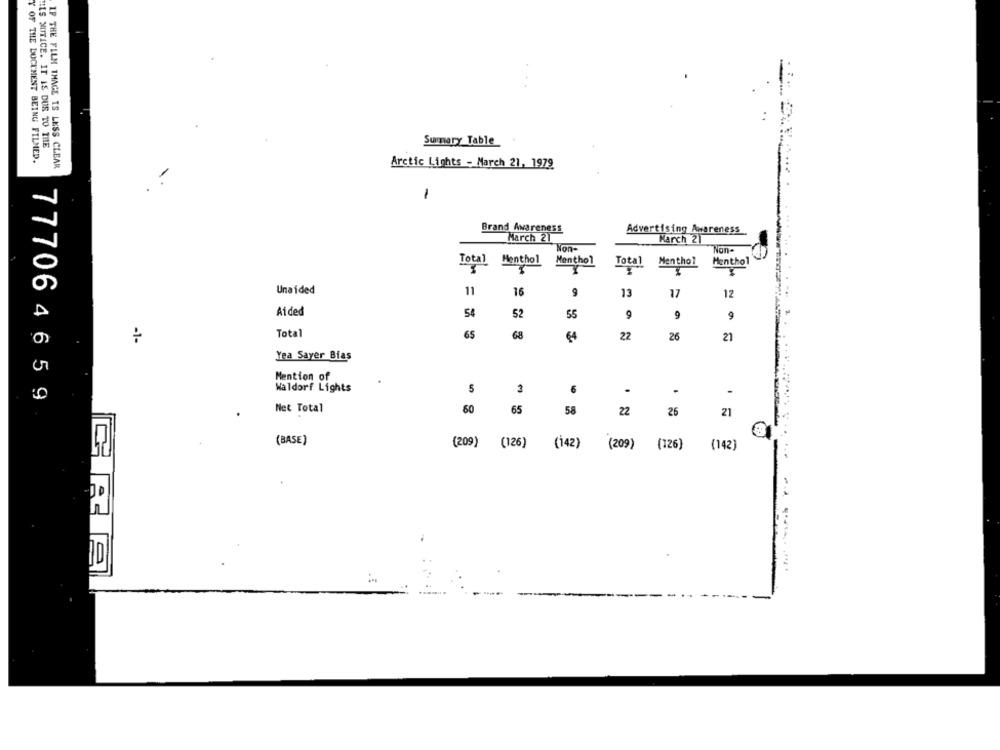
LES MITTICE. IT IS DUE TO THE
Summary Table
Y OF THE DOCUMENT BEING FILMED.
IF THE FILM THAGE IS LESS CLEAR
Arctic Lights - March 21, 1979
-
Brand Awareness
Advertising Awareness
March 21
March 21
Non-
Non-
Total
Henthol
Menthol
Total
Menthol
Menthol
Unaided
11
16
9
13
12
17
Aided
52
55
9
9
9
Total
65
68
64
22
26
21
-1-
Yea Sayer Bias
Mention of
Waldorf Lights
5
3
6
.
777064659
Net Total
60
65
58
22
25
21
(BASE)
(209) (126)
(142)
(209)
(126)
(142)
ID